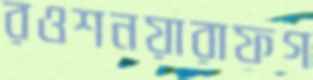
রওশনয়ারাফগ